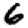
Digit: 6